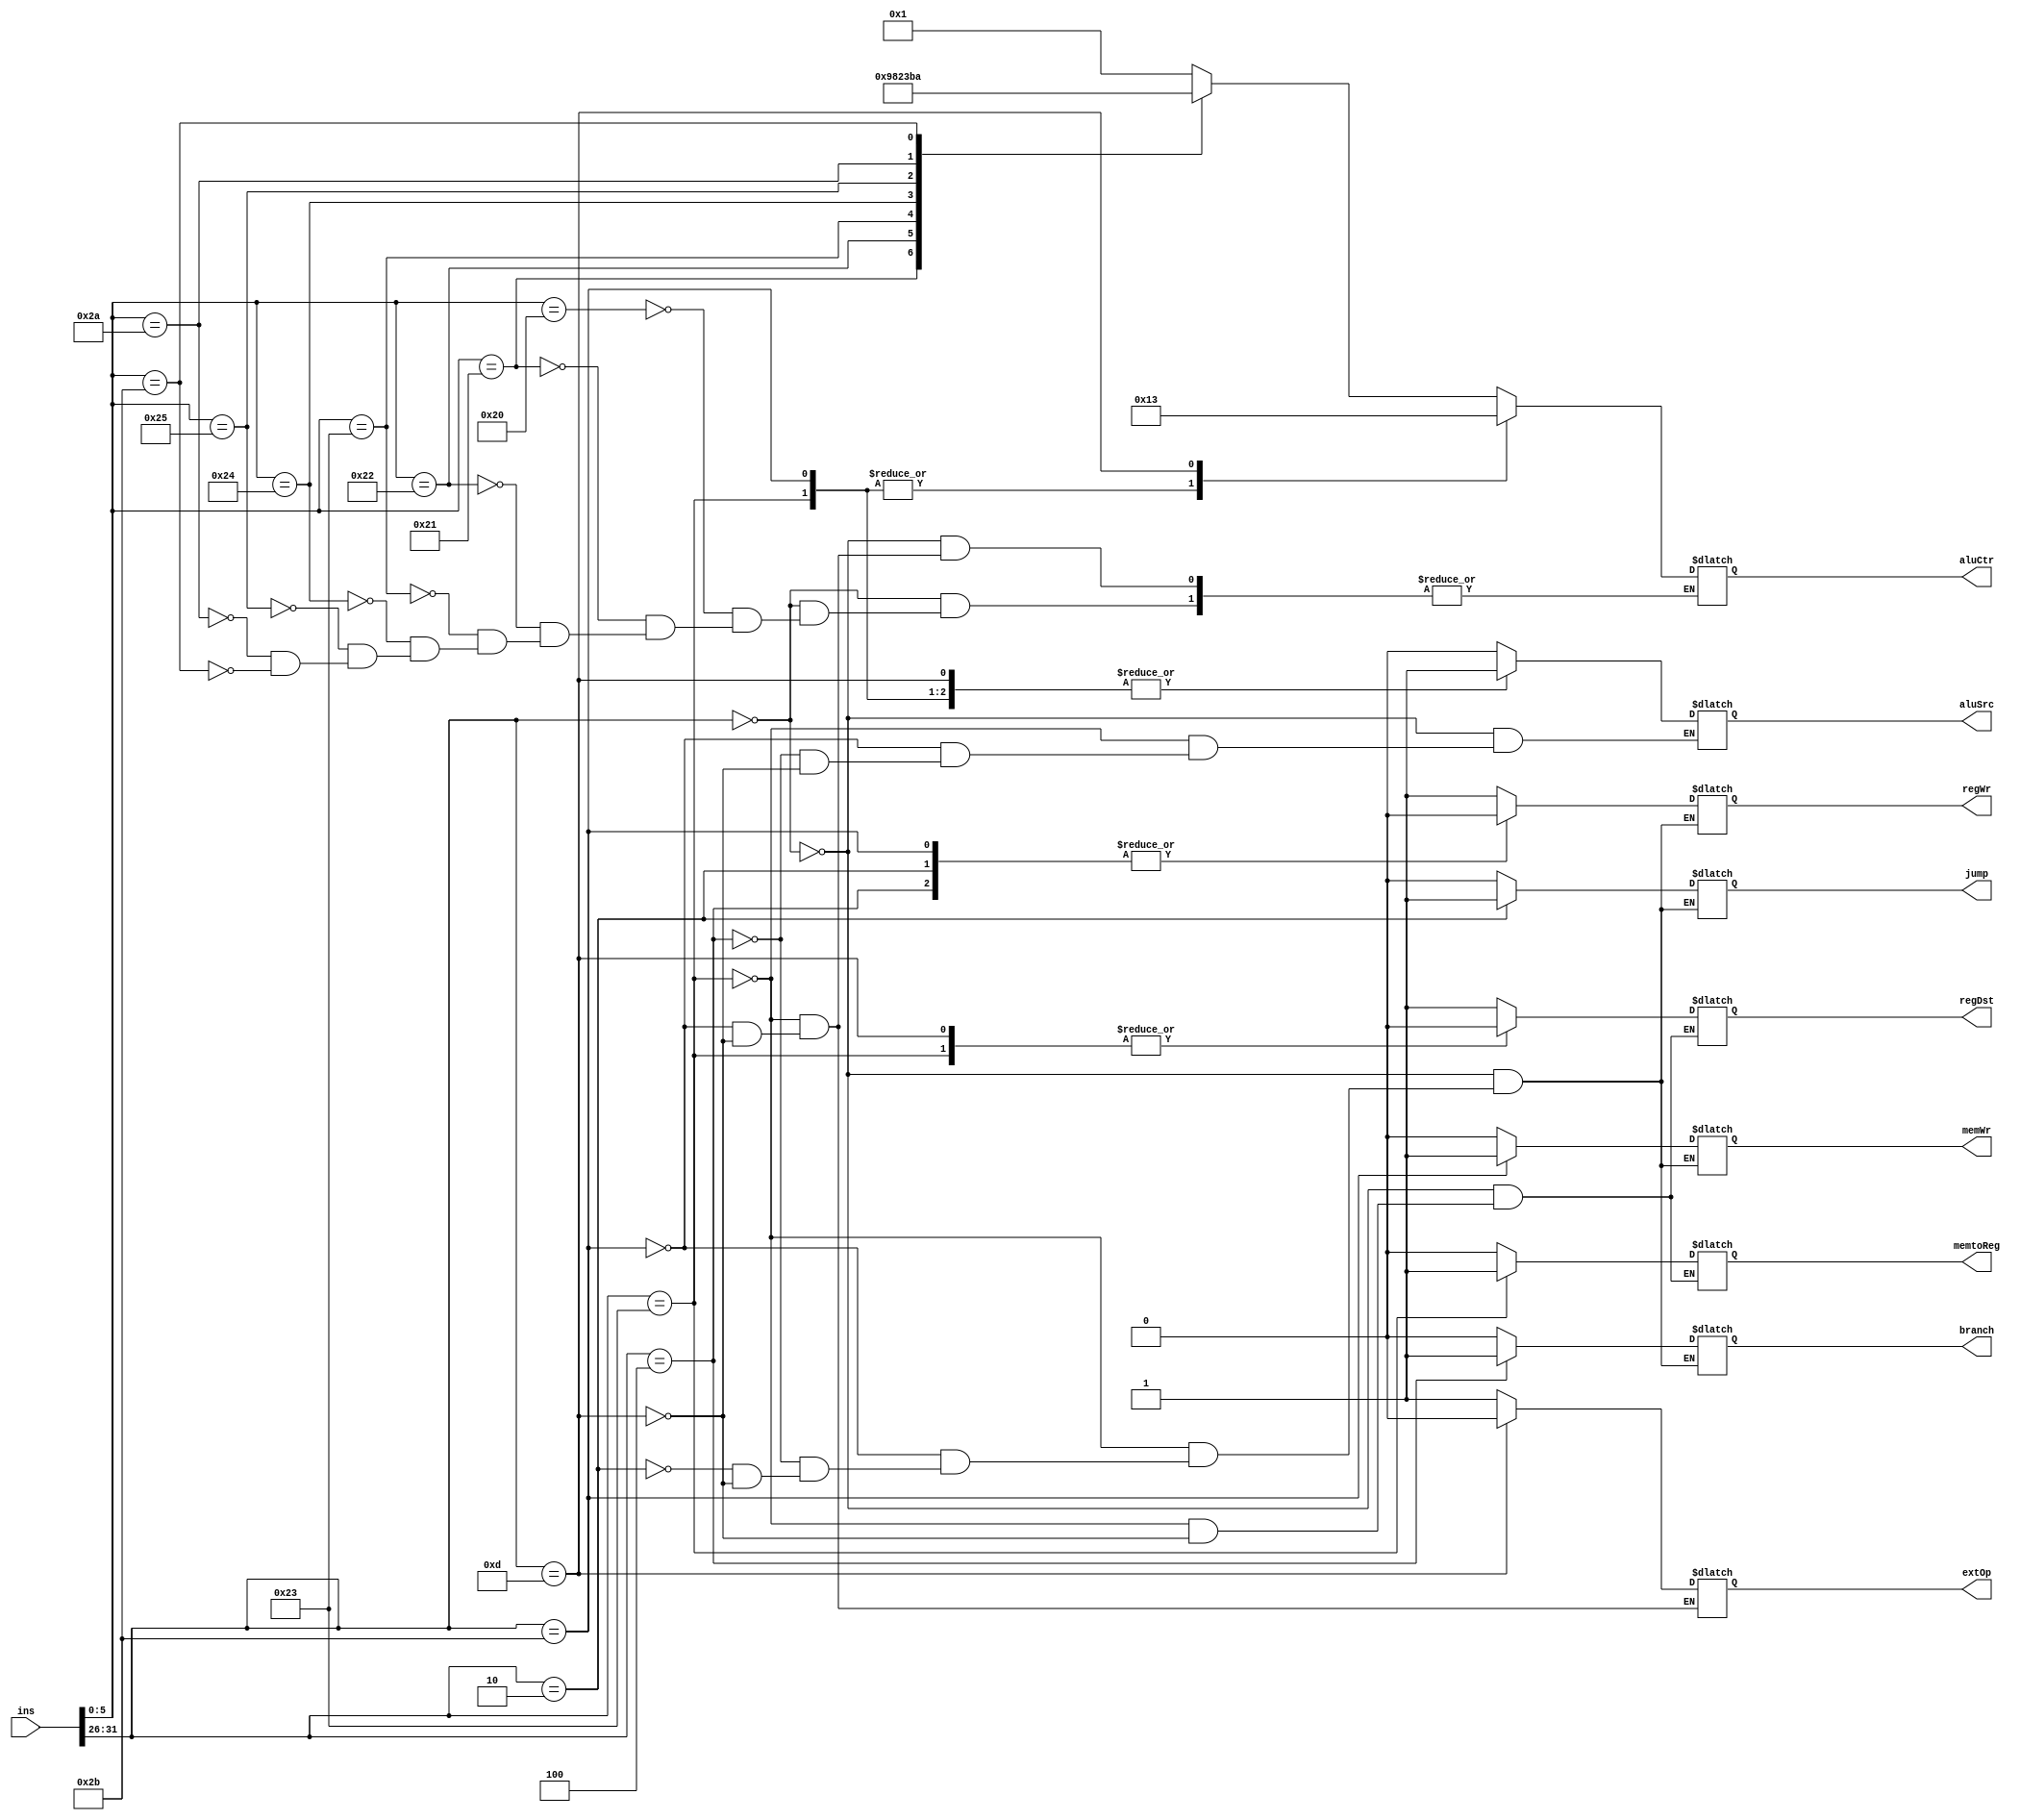
module ctrl_2 (ins, branch, jump, regDst, aluSrc, aluCtr, regWr, memWr, extOp, memtoReg);
	input 	[31:0] 	ins;
	output 	reg 	[3:0]	aluCtr;
	output 	reg		branch;
	output 	reg		jump;
	output 	reg		regDst;
	output 	reg		aluSrc;
	output 	reg		regWr;
	output 	reg		memWr;
	output 	reg		extOp;
	output 	reg		memtoReg;
	wire [5:0] op;
	wire [5:0] func;
	assign op	= ins[31:26];
	assign func	= ins[5:0];
	parameter  	R 	= 6'b000000,
		LW	= 6'b100011,
		SW	= 6'b101011,
		BEQ	= 6'b000100,
		J	= 6'b000010,
		ORI 	= 6'b001101;
	parameter 	ADD 	= 6'b100000,
		ADDU 	= 6'b100001,
		SUB 	= 6'b100010,
		SUBU 	= 6'b100011,
		AND 	= 6'b100100,
		OR	= 6'b100101,
		SLT 	= 6'b101010,
		SLTU 	= 6'b101011;
	always @ ( * ) begin
		case (op)
			R: begin
				branch 	= 0;
				jump	= 0;
				regDst	= 1;
				aluSrc	= 0;
				memtoReg	= 0;
				regWr	= 1;
				memWr	= 0;
				case (func)
					ADD: 	aluCtr = 4'b0001;
					ADDU: 	aluCtr = 4'b0000;
					SUB: 	aluCtr = 4'b1001;
					SUBU: 	aluCtr = 4'b1000;
					AND: 	aluCtr = 4'b0010;
					OR:	aluCtr = 4'b0011;
					SLT:	aluCtr = 4'b1011;
					SLTU: 	aluCtr = 4'b1010;
				endcase
			end
			LW: begin
				branch 		= 0;
				jump 		= 0;
				regDst		= 0;
				aluSrc		= 1;
				memtoReg	= 1;
				regWr		= 1;
				memWr		= 0;
				extOp		= 1;
				aluCtr 		= 4'b0001;
			end
			SW: begin
				branch 	= 0;
				jump 	= 0;
				aluSrc	= 1;
				regWr	= 0;
				memWr	= 1;
				extOp	= 1;
				aluCtr 	= 4'b0001;
			end
			BEQ: begin
				branch 	= 1;
				jump 	= 0;
				aluSrc	= 0;
				regWr	= 0;
				memWr	= 0;
			end
			J: begin
				branch 	= 0;
				jump 	= 1;
				regWr	= 0;
				memWr	= 0;
			end
			ORI: begin
				branch 	= 0;
				jump 	= 0;
				regDst 	= 0;
				aluSrc 	= 1;
				memtoReg 	= 0;
				regWr 	= 1;
				memWr 	= 0;
				extOp 	= 0;
				aluCtr 	= 4'b0011;
			end
		endcase
	end
endmodule